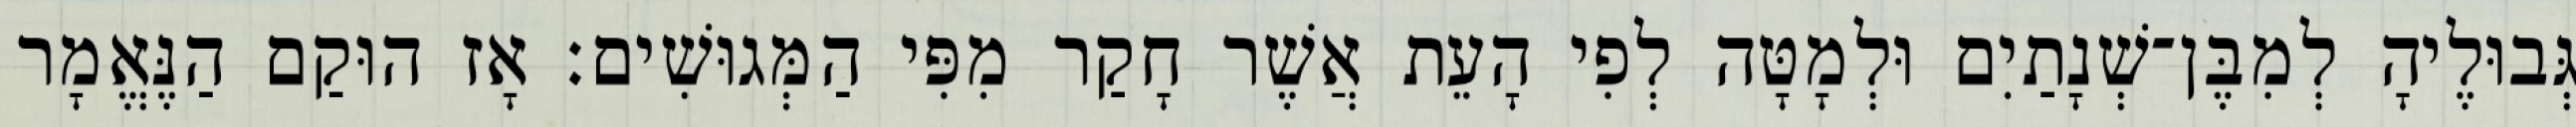
גְּבוּלֶיהָ לְמִבֶּן־שְׁנָתַיִם וּלְמָטָּה לְפִי הָעֵת אֲשֶׁר חָקַר מִפִּי הַמְּגוּשִׁים׃ אָז הוּקַם הַנֶּאֱמָר